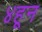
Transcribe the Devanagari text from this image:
४हून